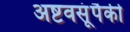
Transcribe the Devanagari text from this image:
अष्टवसूंपैकी